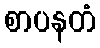
စာပနတံ